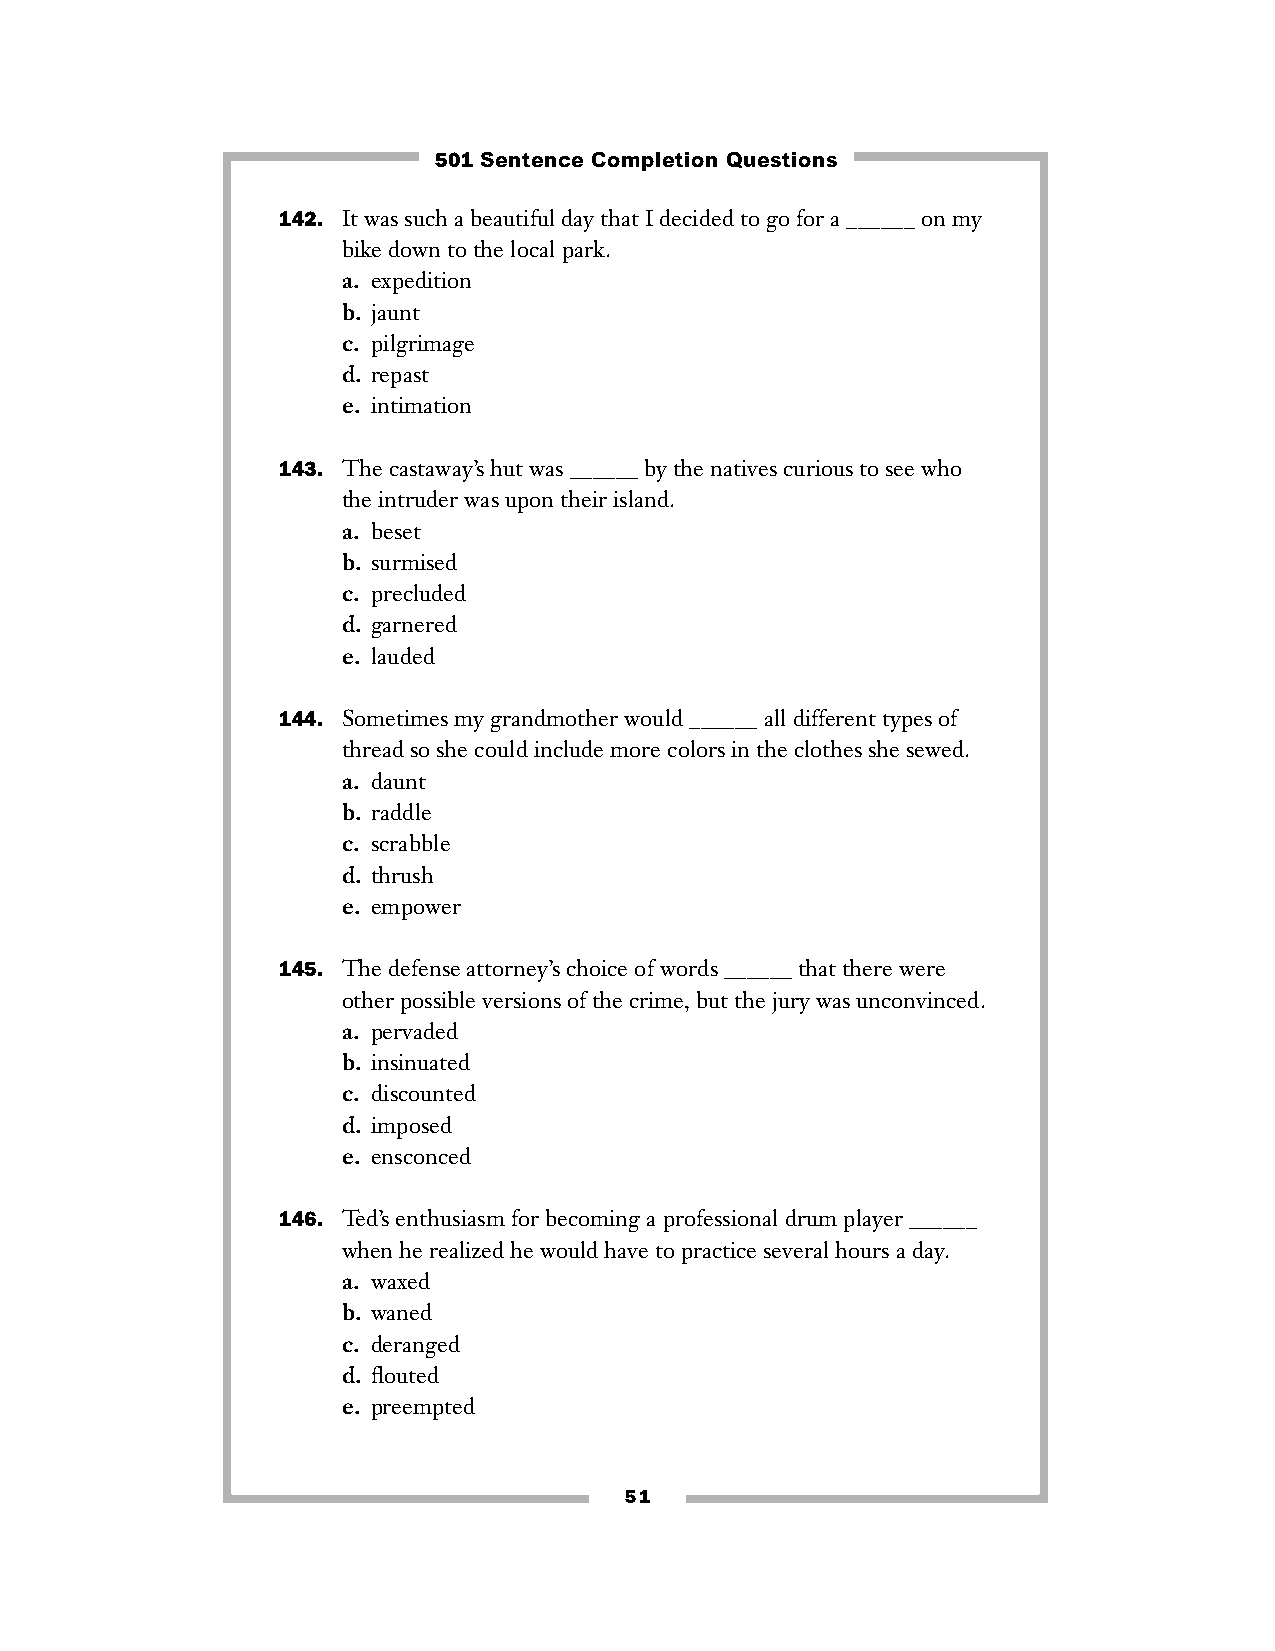
501 Sentence Completion Questions
 142. It was such a beautiful day that I decided to go for a ______ on my
 bike down to the local park.
 a. expedition
 b. jaunt
 c. pilgrimage
 d. repast
 e. intimation
 143. The castaway’s hut was ______ by the natives curious to see who
 the intruder was upon their island.
 a. beset
 b. surmised
 c. precluded
 d. garnered
 e. lauded
 144. Sometimes my grandmother would ______ all different types of
 thread so she could include more colors in the clothes she sewed.
 a. daunt
 b. raddle
 c. scrabble
 d. thrush
 e. empower
 145. The defense attorney’s choice of words ______ that there were
 other possible versions of the crime, but the jury was unconvinced.
 a. pervaded
 b. insinuated
 c. discounted
 d. imposed
 e. ensconced
 146. Ted’s enthusiasm for becoming a professional drum player ______
 when he realized he would have to practice several hours a day.
 a. waxed
 b. waned
 c. deranged
 d. flouted
 e. preempted
 51